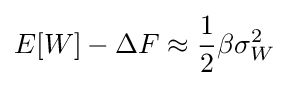
E[W]-\Delta F\approx {\frac {1}{2}}\beta \sigma _{W}^{2}